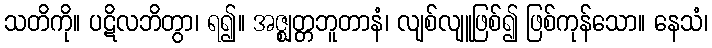
သတိကို။ ပဋိလဘိတွာ၊ ရ၍။ အဇ္ဈတ္တဘူတာနံ၊ လျစ်လျူဖြစ်၍ ဖြစ်ကုန်သော။ နေသံ၊